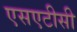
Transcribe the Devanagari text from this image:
एसएटीसी